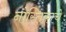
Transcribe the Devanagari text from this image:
नास्तिकाचे